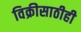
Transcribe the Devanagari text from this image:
विक्रीसाठीही